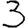
Digit: 3